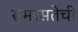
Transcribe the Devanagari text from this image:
समरसतेची